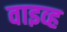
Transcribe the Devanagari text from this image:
वाइव्ह